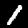
Digit: 1